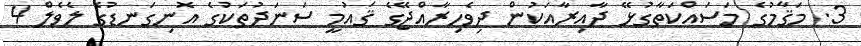
3. މަޤާމުގެ މަސައްކަތާގުޅޭ ދާއިރާއަކުން ދިވެހިރާއްޖޭގެ ޤައުމީ ސަނަދުތަކުގެ އޮނިގަނޑުގެ ލެވެލް 4